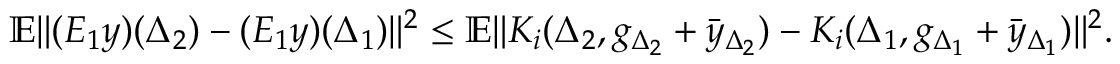
\begin{array} { r } { \mathbb { E } \| ( { \cal E } _ { 1 } y ) ( \Delta _ { 2 } ) - ( { \cal E } _ { 1 } y ) ( \Delta _ { 1 } ) \| ^ { 2 } \leq \mathbb { E } \| { \cal K } _ { i } ( \Delta _ { 2 } , g _ { \Delta _ { 2 } } + \bar { y } _ { \Delta _ { 2 } } ) - { \cal K } _ { i } ( \Delta _ { 1 } , g _ { \Delta _ { 1 } } + \bar { y } _ { \Delta _ { 1 } } ) \| ^ { 2 } . } \end{array}